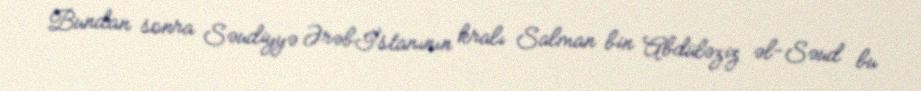
Bundan sonra Səudiyyə Ərəbİstanının kralı Salman bin Abdüləziz əl-Səud bu